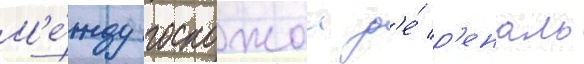
М'е́жду госпожои д'е́ р'еналь